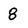
Character: 8